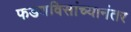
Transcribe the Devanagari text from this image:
फडणविसांच्यानंतर